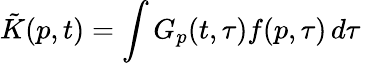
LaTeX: \tilde{K}(p,t)=\int G_{p}(t,\tau)f(p,\tau)\, d\tau\: